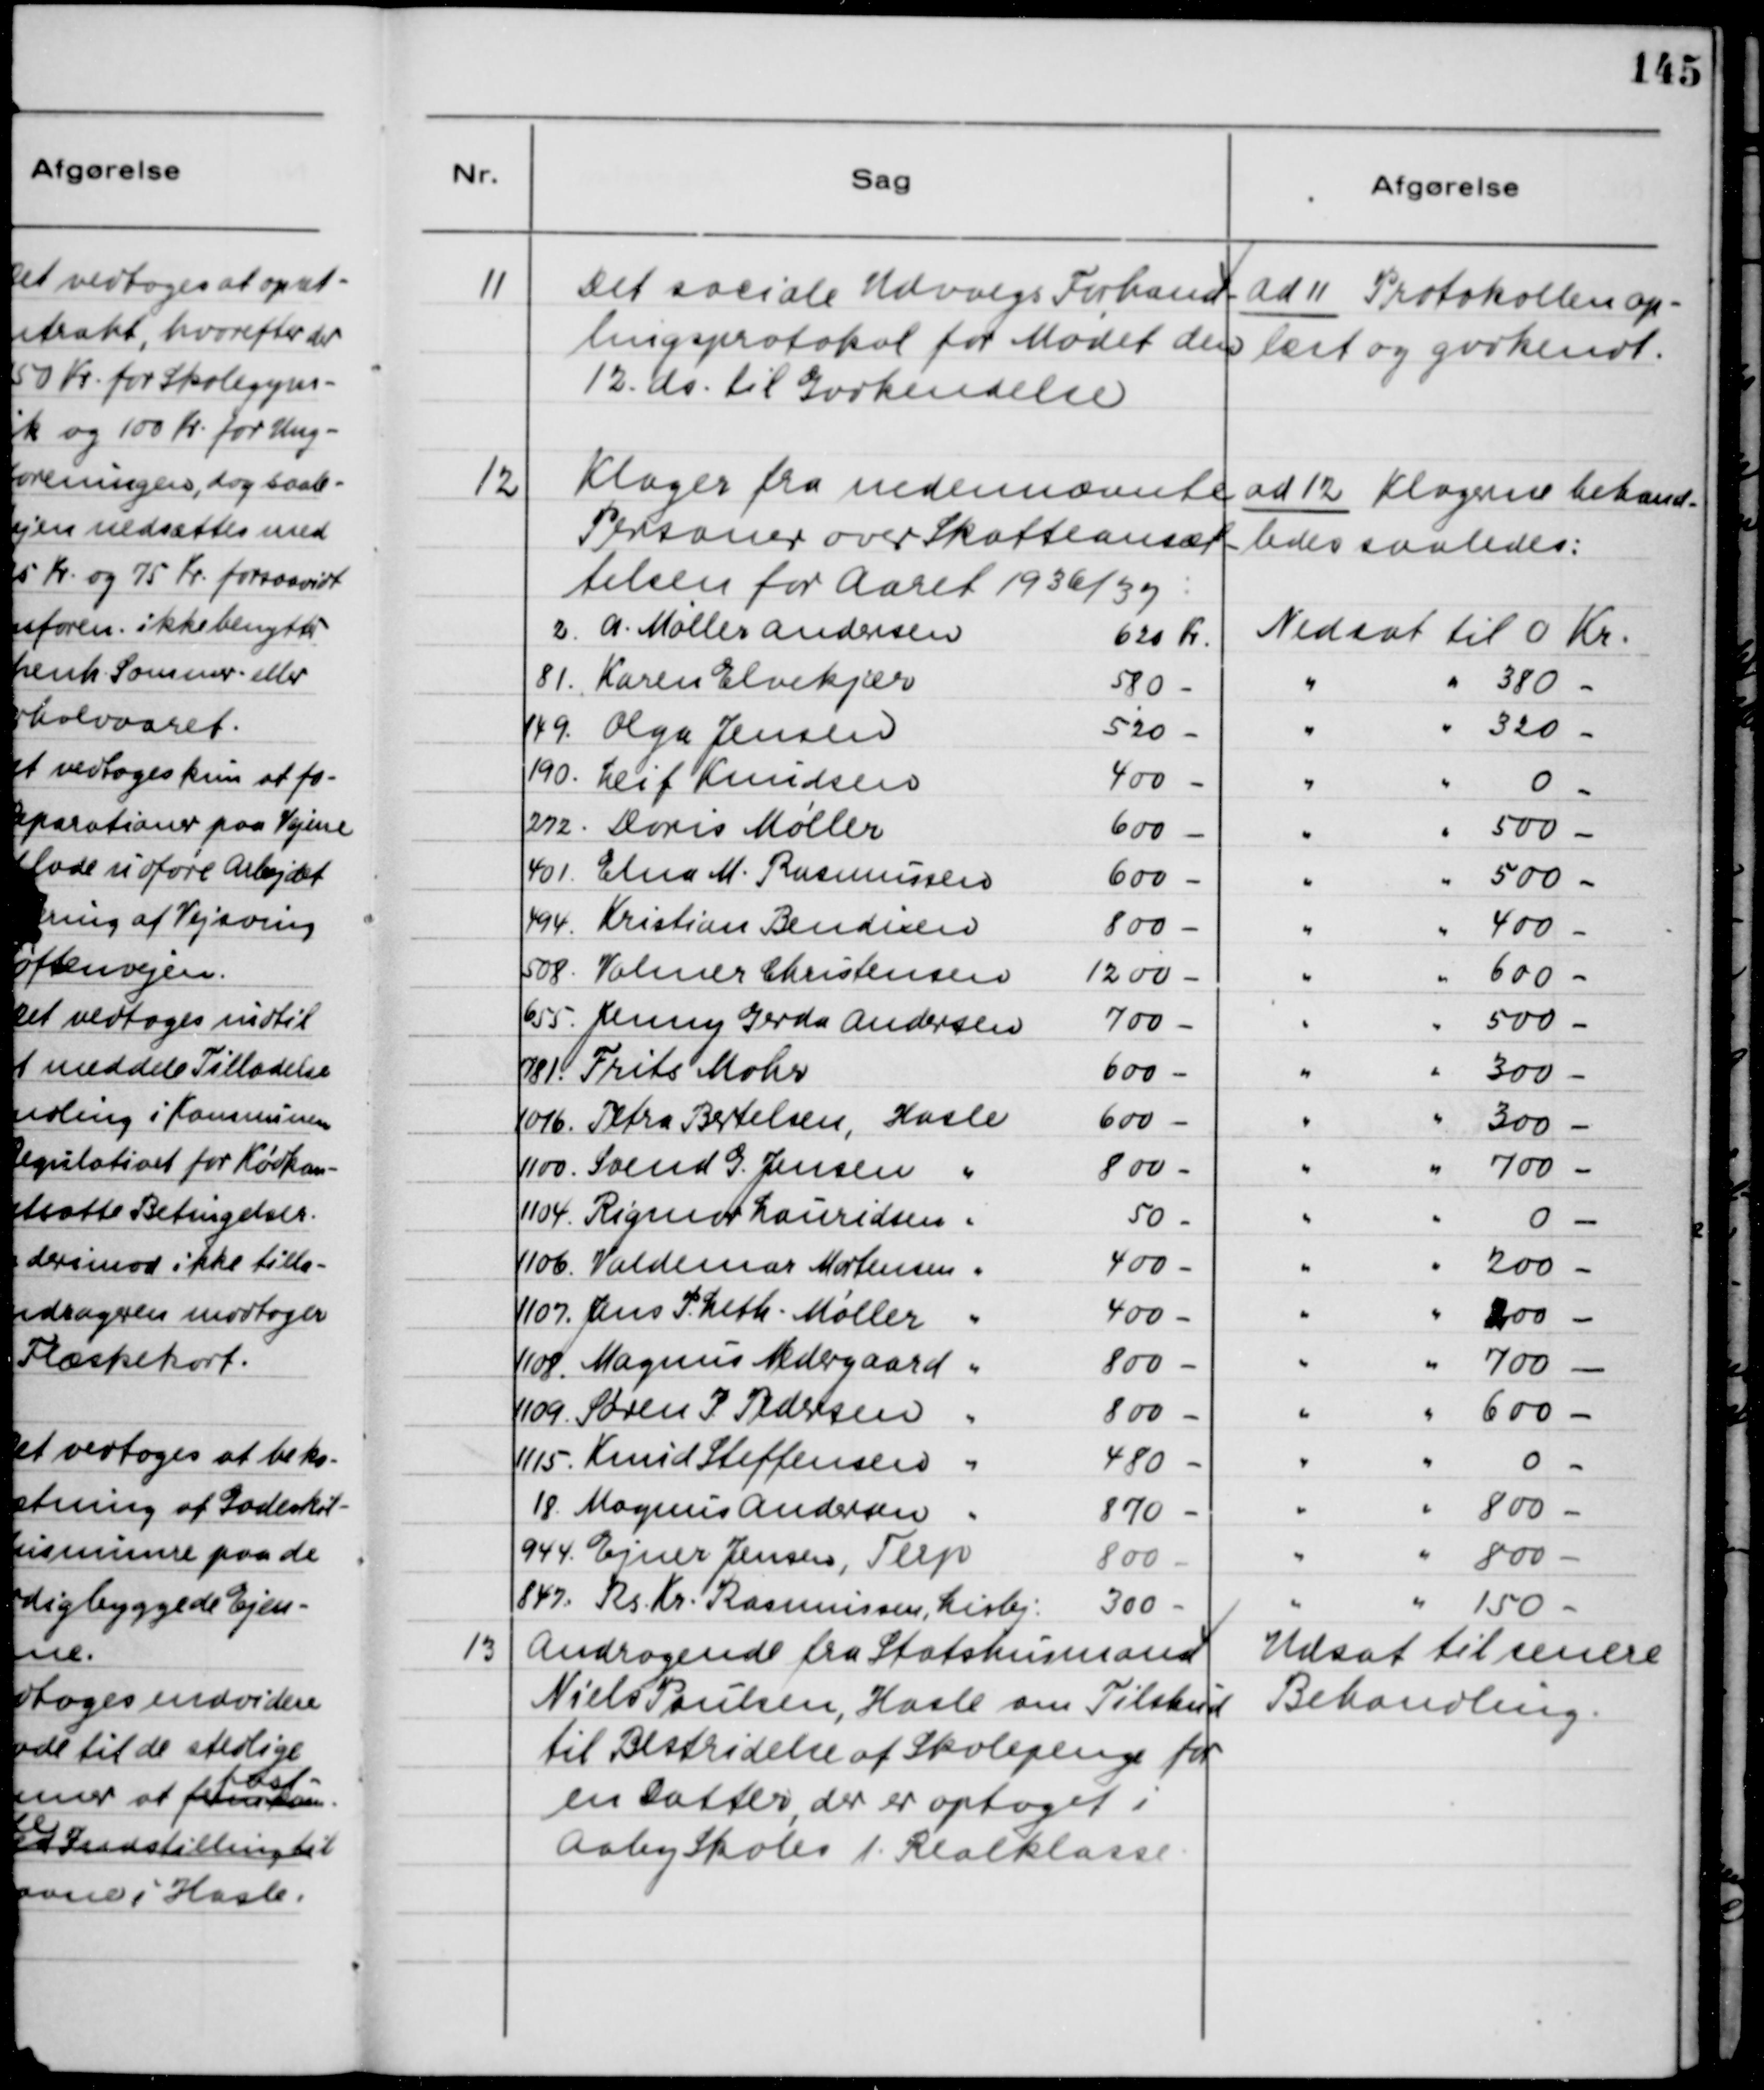
Transskription:
11
Det sociale Udvalgs Forhand-
lingsprotokol for Mødet den
12. ds. til Godkendelse.
ad 11 Protokollen op-
læst og godkendt.
12
Klager fra nedennævnte
Personer over Skatteansæt-
telsen for Aaret 1936/37:
ad 12 Klagerne behand-
ledes saaledes:
2. A. Møller Andersen
620 Kr
Nedsat til 0 Kr.
81. Karen Elvekjær
580 -
"
" 380 -
149. Olga Jensen
520 -
"
" 320 -
190. Leif Knudsen
400 -
"
"
0 -
272. Doris Møller
600 -
"
" 500 -
401. Elna M. Rasmussen
600 -
"
" 500 -
494. Kristian Bendixen
800 -
"
" 400 -
508. Volmer Christensen
1200 -
"
" 600 -
655. Jenny Gerda Andersen
700 -
"
" 500 -
781. Frits Mohr
600 -
"
" 300 -
1016. Petra Bertelsen, Hasle
600 -
"
" 300 -
1100. Svend G. Jensen "
800 -
"
" 700 -
1104. Rigmor Lauridsen "
50 -
"
"
0 -
1106 Valdemar Mortensen "
400 -
"
" 200 -
1107. Jens P. Leth-Møller "
400 -
"
" 200 -
1108. Magnus Nedergaard "
800 -
"
" 700 -
1109. Søren P. Pedersen "
800 -
"
" 600 -
115. Knud Steffensen "
480 -
"
"
0 -
18. Mogens Andersen "
870 -
"
" 800 -
944. Ejner Jensen, Terp
800 -
"
" 800 -
847. Rs. Kr. Rasmussen, Lisbj.
300 -
"
" 150 -
13
Andragende fra Statshusmand
Niels Poulsen, Hasle om Tilskud
til Bestridelse af Skolepenge for
en Datter, der er optaget i
Aaby Skoles 1. Realklasse
Udsat til senere
Behandling.